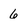
Character: 6